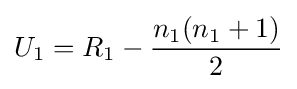
U_{1}=R_{1}-{n_{1}(n_{1}+1) \over 2}\,\!